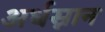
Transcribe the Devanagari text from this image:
अर्धस्नान